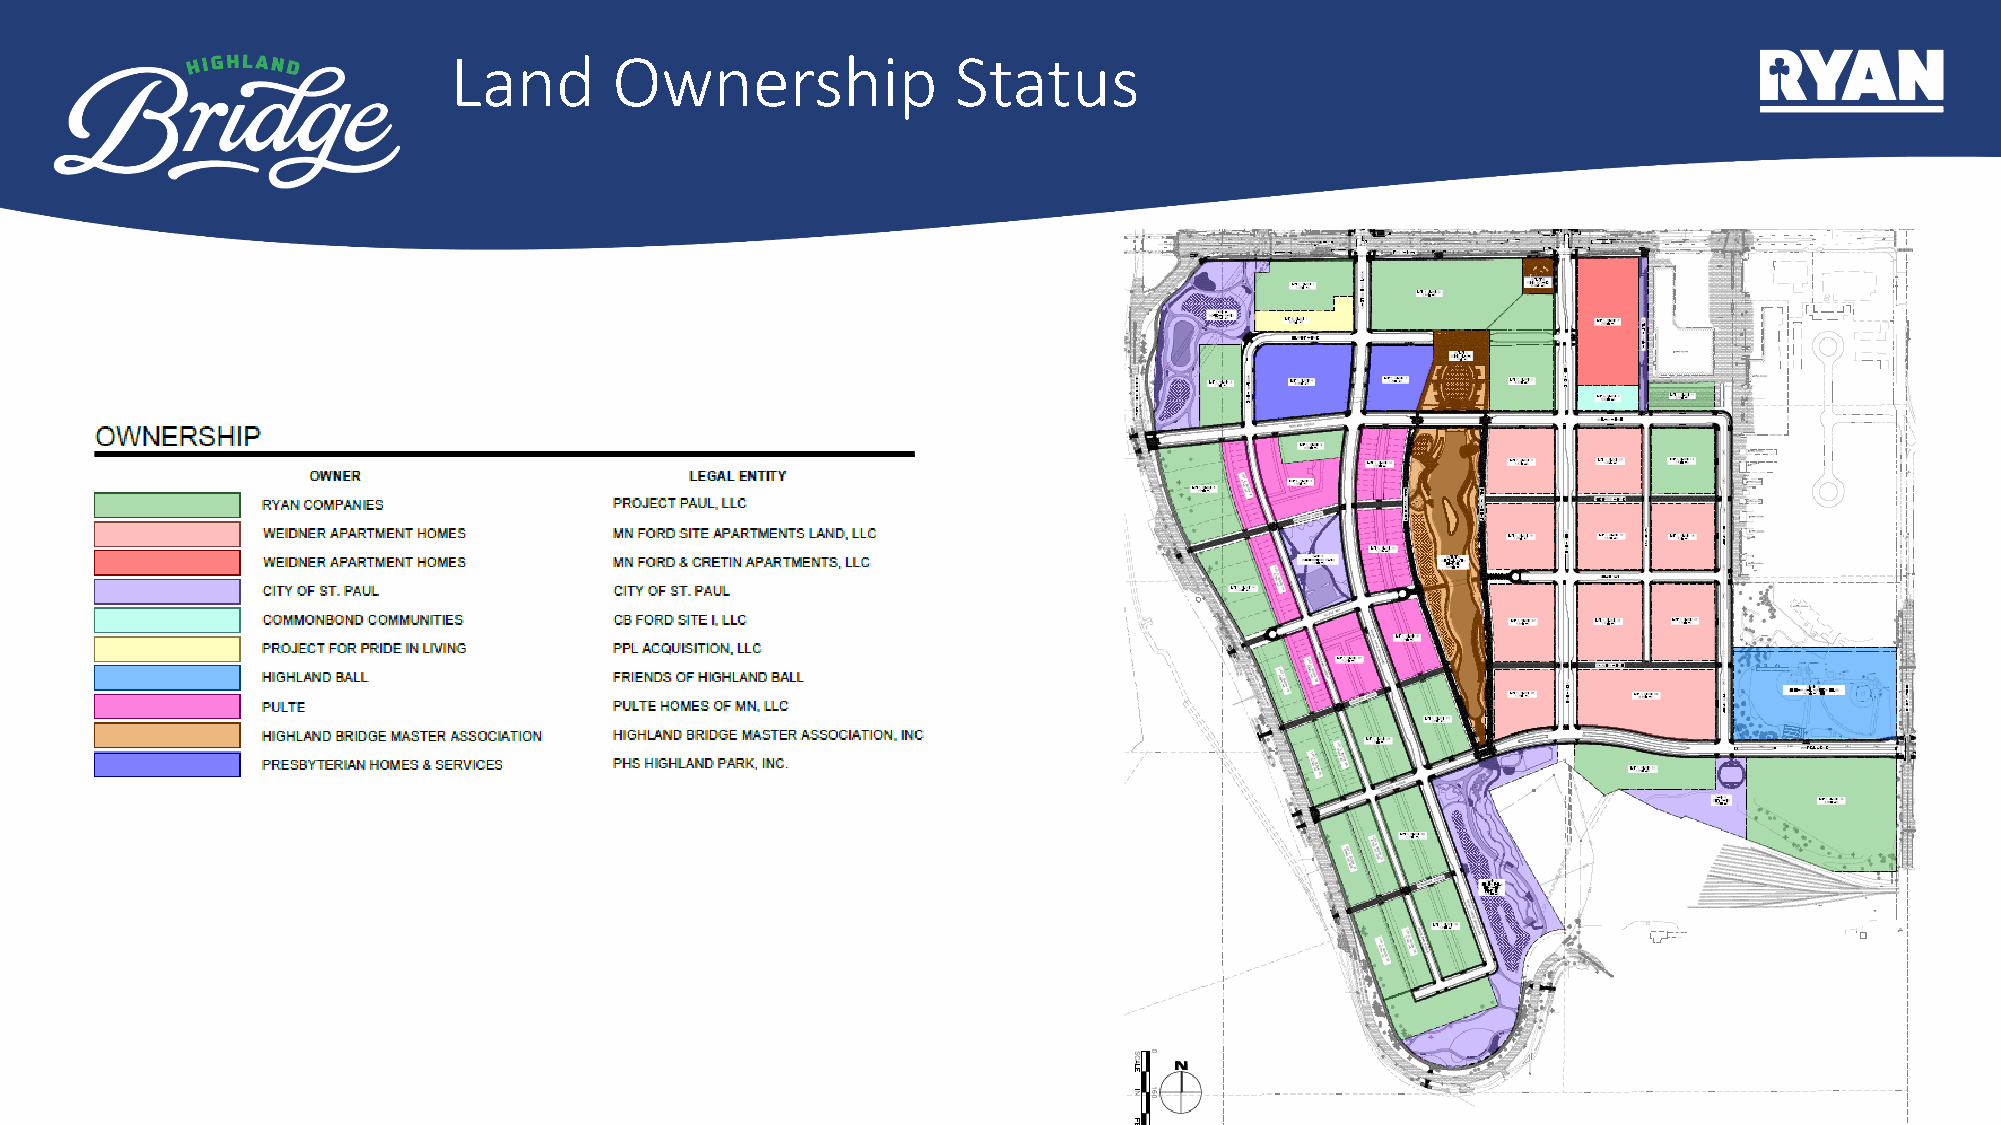
Land       Ownership             Status